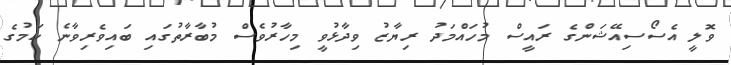
ވޮލީ އެސޯސިއޭޝަންގެ ރައީސް މުހައްމަދު ރިޔާޒު ވިދާޅުވީ މިހާރުވެސް މުބާރާތުގައި ބައިވެރިވާނެ ކަމުގެ